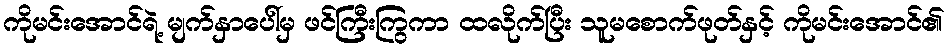
ကိုမင်းအောင်ရဲ့ မျက်နှာပေါ်မှ ဖင်ကြီးကြွကာ ထလိုက်ပြီး သူမစောက်ဖုတ်နှင့် ကိုမင်းအောင်၏